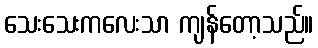
သေးသေးကလေးသာ ကျန်တော့သည်။